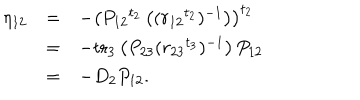
LaTeX: \begin{array} { r c l } { { \eta _ { 1 2 } } } & { { = } } & { { - \left( P _ { 1 2 } { } ^ { t _ { 2 } } \left( ( r _ { 1 2 } { } ^ { t _ { 2 } } ) ^ { - 1 } \right) \right) ^ { t _ { 2 } } } } \\ { { } } & { { = } } & { { - \mathrm { t r } _ { 3 } \left( P _ { 2 3 } ( r _ { 2 3 } { } ^ { t _ { 3 } } ) ^ { - 1 } \right) P _ { 1 2 } } } \\ { { } } & { { = } } & { { - D _ { 2 } P _ { 1 2 } . } } \\ \end{array}